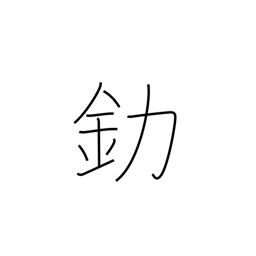
Meaning: gold